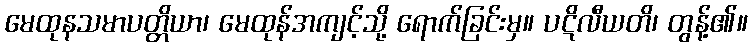
မေထုနသမာပတ္တိယာ၊ မေထုန်အကျင့်သို့ ရောက်ခြင်းမှ။ ပဋိလီယတိ၊ တွန့်၏။